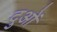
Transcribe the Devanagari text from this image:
दुओं